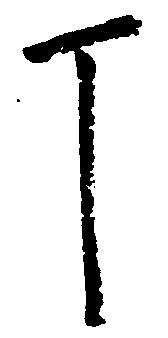
丁